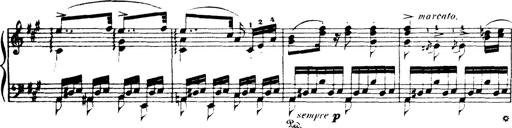
Title: Wagner-Liszt Album
Composer: Franz Liszt